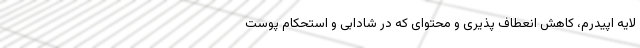
لایه اپیدرم، کاهش انعطاف پذیری و محتوای که در شادابی و استحکام پوست